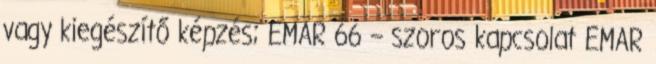
vagy kiegészítő képzés; EMAR 66 – szoros kapcsolat EMAR